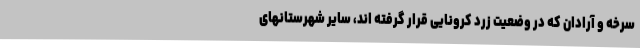
سرخه و آرادان که در وضعیت زرد کرونایی قرار گرفته اند، سایر شهرستانهای